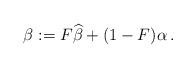
LaTeX: \begin{align*}\beta:=F\widehat \beta +(1-F)\alpha\,.\end{align*}